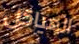
الهياكل